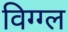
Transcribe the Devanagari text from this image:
विग्ग्ल